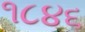
૧૮૪૬